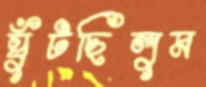
ঘুঁটছিলুম